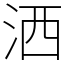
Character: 洒